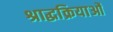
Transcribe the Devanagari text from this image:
श्राद्धक्रियाओं